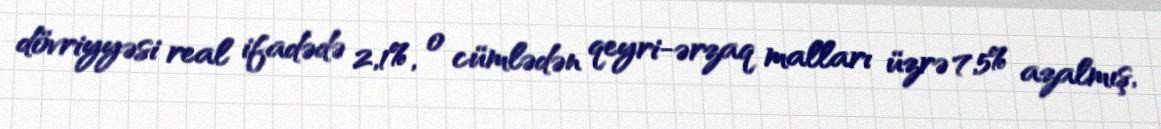
dövriyyəsi real ifadədə 2,1%, o cümlədən qeyri-ərzaq malları üzrə 7,5% azalmış,